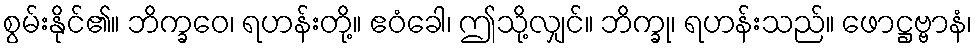
စွမ်းနိုင်၏။ ဘိက္ခဝေ၊ ရဟန်းတို့။ ဧဝံခေါ၊ ဤသို့လျှင်။ ဘိက္ခု၊ ရဟန်းသည်။ ဖောဋ္ဌဗ္ဗာနံ၊